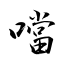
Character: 噹